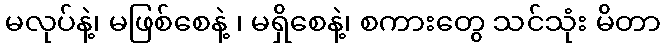
မလုပ်နဲ့၊ မဖြစ်စေနဲ့ ၊ မရှိစေနဲ့၊ စကားတွေ သင်သုံး မိတာ